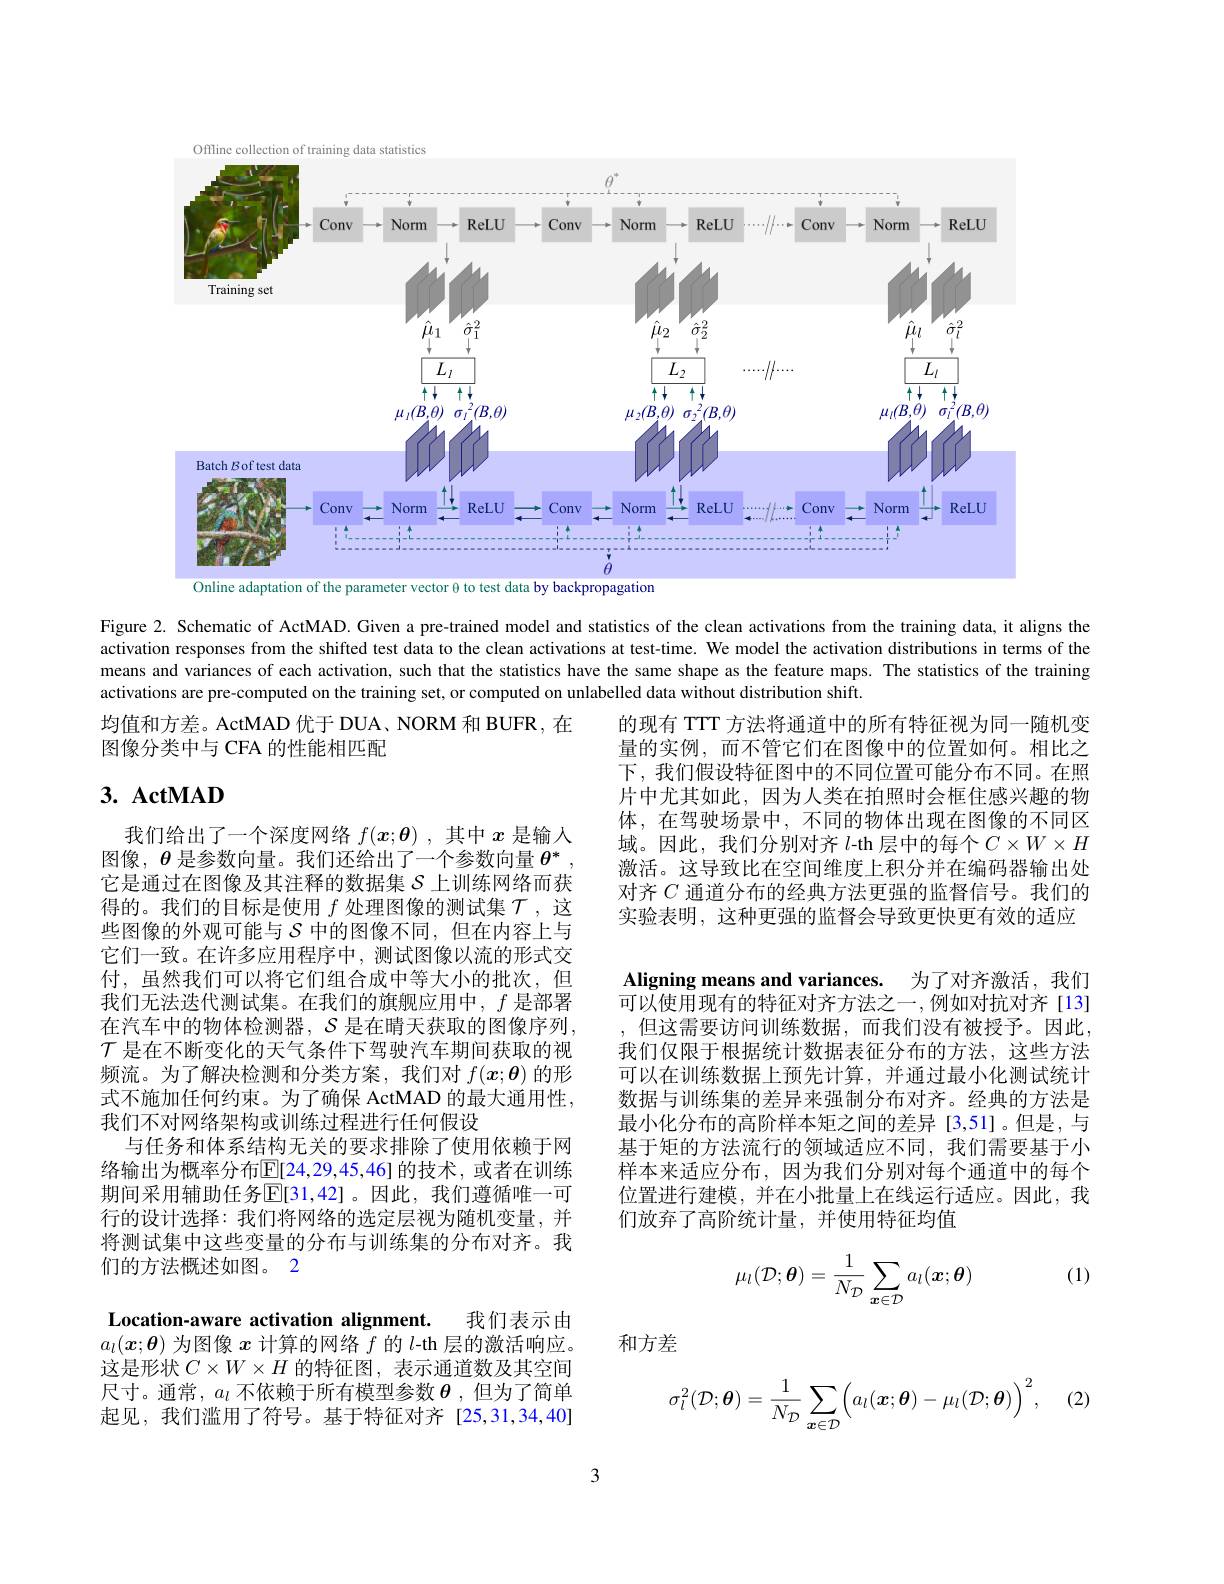
Offline collection of training data statistics
<FigureHere>

Figure 2. Schematic of ActMAD. Given a pre-trained model and statistics of the clean activations from the training data, it aligns the activation responses from the shifted test data to the clean activations at test-time. We model the activation distributions in terms of the means and variances of each activation, such that the statistics have the same shape as the feature maps. The statistics of the training activations are pre-computed on the training set, or computed on unlabelled data without distribution shift.

均值和方差。ActMAD 优于 DUA、NORM 和 BUFR, 在
图像分类中与 CFA 的性能相匹配

## $3.~ActMAD$

的现有 TTT 方法将通道中的所有特征视为同一随机变量的实例，而不管它们在图像中的位置如何。相比之下，我们假设特征图中的不同位置可能分布不同。在照片中尤其如此，因为人类在拍照时会框住感兴趣的物体，在驾驶场景中，不同的物体出现在图像的不同区域。因此，我们分别对齐$l$-th 层中的每个$C\times W\times H$ 激活。这导致比在空间维度上积分并在编码器输出处对齐$C$通道分布的经典方法更强的监督信号。我们的实验表明，这种更强的监督会导致更快更有效的适应

Aligning means and variances. 为了对齐激活，我们$\bar{\text{可以使用现有的特征对齐方法之一}}$,例如对抗对齐[13] , 但这需要访问训练数据，而我们没有被授予。因此， 我们仅限于根据统计数据表征分布的方法，这些方法可以在训练数据上预先计算，并通过最小化测试统计数据与训练集的差异来强制分布对齐。经典的方法是最小化分布的高阶样本矩之间的差异[3,51]。但是，与基于矩的方法流行的领域适应不同，我们需要基于小样本来适应分布，因为我们分别对每个通道中的每个位置进行建模，并在小批量上在线运行适应。因此，我们放弃了高阶统计量，并使用特征均值

我们给出了一个深度网络$f(\boldsymbol{x};\boldsymbol{\theta})$ ,其中$x$是输入图像，$\theta$是参数向量。我们还给出了一个参数向量$\theta^*$ 它是通过在图像及其注释的数据集$\mathcal{S}$上训练网络而获得的。我们的目标是使用$f$处理图像的测试集$\mathcal{T}$,这些图像的外观可能与$\mathcal{S}$中的图像不同，但在内容上与它们一致。在许多应用程序中，测试图像以流的形式交付，虽然我们可以将它们组合成中等大小的批次，但我们无法迭代测试集。在我们的旗舰应用中，$f$是部署在汽车中的物体检测器，$\mathcal{S}$是在晴天获取的图像序列， $\mathcal{T}$是在不断变化的天气条件下驾驶汽车期间获取的视频流。为了解决检测和分类方案，我们对$f(\boldsymbol{x};\boldsymbol{\theta})$的形式不施加任何约束。为了确保 ActMAD 的最大通用性， 我们不对网络架构或训练过程进行任何假设
与任务和体系结构无关的要求排除了使用依赖于网络输出为概率分布$\mathbb{E}[24,29,45,46]$ 的技术，或者在训练期间采用辅助任务$\mathbb{E}[31,42]$。因此，我们遵循唯一可行的设计选择：我们将网络的选定层视为随机变量，并将测试集中这些变量的分布与训练集的分布对齐。我们的方法概述如图。2

(1)
$$\mu_l(\mathcal{D};\boldsymbol{\theta})=\frac{1}{N_{\mathcal{D}}}\sum_{\boldsymbol{x}\in\mathcal{D}}a_l(\boldsymbol{x};\boldsymbol{\theta})$$
和方差

Location-aware activation alignment.
我们表示由
$a_l(\boldsymbol{x};\boldsymbol{\theta})$为图像$x$计算的网络$f$的$l$-th 层的激活响应。这是形状$C\times W\times H$的特征图，表示通道数及其空间尺寸。通常，$a_l$不依赖于所有模型参数$\theta$ ,但为了简单起见，我们滥用了符号。基于特征对齐[25,31,34,40]
$$\sigma_{l}^{2}(\mathcal{D};\boldsymbol{\theta})=\frac{1}{N_{\mathcal{D}}}\sum_{\boldsymbol{x}\in\mathcal{D}}\Bigl(a_{l}(\boldsymbol{x};\boldsymbol{\theta})-\mu_{l}(\mathcal{D};\boldsymbol{\theta})\Bigr)^{2},$$
3